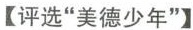
【评选”美德少年”】